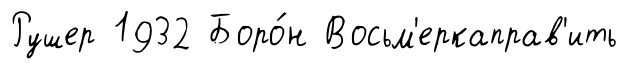
Рушер 1932 Боро́н Восьм'еркаправ'ить